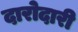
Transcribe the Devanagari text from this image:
दारोदारी